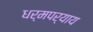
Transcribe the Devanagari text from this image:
धर्मपर्याय